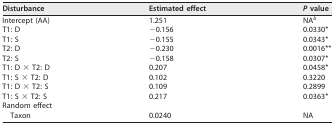
| Disturbance | Estimated effect | P value |
 | --- | --- | --- |
 | Intercept (AA) | 1.251 | NAb |
 | T1: D | −0.156 | 0.0330* |
 | T1: S | −0.155 | 0.0343* |
 | T2: D | −0.230 | 0.0016** |
 | T2: S | −0.158 | 0.0307* |
 | T1: D × T2: D | 0.207 | 0.0458* |
 | T1: S × T2: D | 0.102 | 0.3220 |
 | T1: D × T2: S | 0.109 | 0.2899 |
 | T1: S × T2: S | 0.217 | 0.0363* |
 | Random effect |  |  |
 | Taxon | 0.0240 | NA |